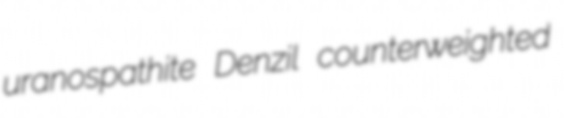
uranospathite Denzil counterweighted